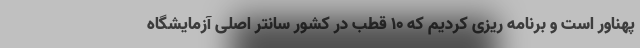
پهناور است و برنامه ریزی کردیم که ۱۰ قطب در کشور سانتر اصلی آزمایشگاه